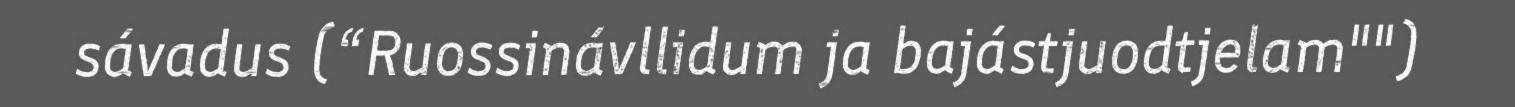
sávadus (“Ruossinávllidum ja bajástjuodtjelam"")